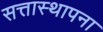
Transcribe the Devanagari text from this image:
सत्तास्थापना